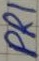
Text: PRI